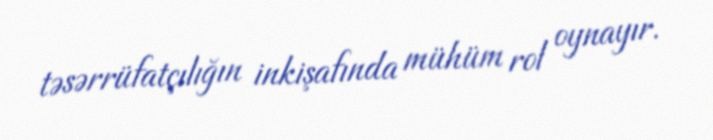
təsərrüfatçılığın inkişafında mühüm rol oynayır.